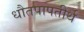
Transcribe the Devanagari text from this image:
धौतपापतीर्थ